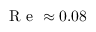
\mathrm { ~ R ~ e ~ } \approx 0 . 0 8